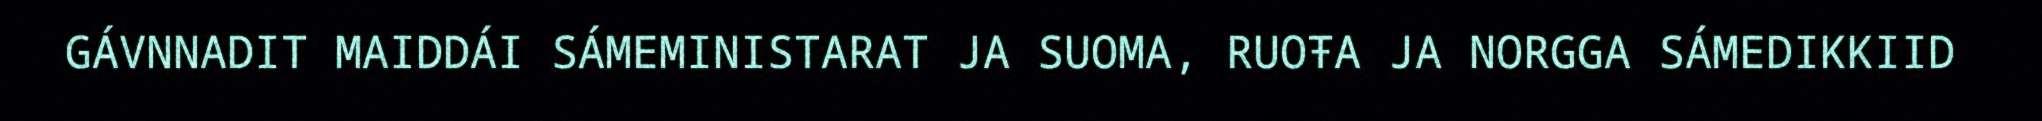
GÁVNNADIT MAIDDÁI SÁMEMINISTARAT JA SUOMA, RUOŦA JA NORGGA SÁMEDIKKIID